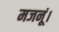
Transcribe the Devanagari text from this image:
मजनूं।